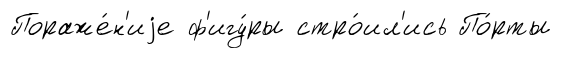
Пораже́н'иjе ф'игу́ры стро́ил'ись По́рты